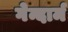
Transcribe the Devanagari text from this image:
गेन्दार्म